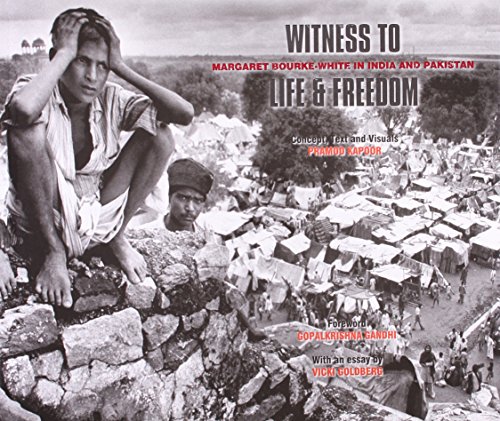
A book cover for Witness to Life and Freedom: Margaret Bourke - White in India and Pakistan; Pramod Kapoor; History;